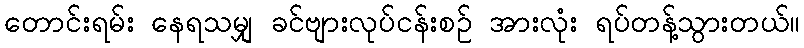
တောင်းရမ်း နေရသမျှ ခင်ဗျားလုပ်ငန်းစဉ် အားလုံး ရပ်တန့်သွားတယ်။